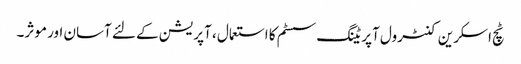
ٹچ اسکرین کنٹرول آپریٹنگ سسٹم کا استعمال ، آپریشن کے لئے آسان اور موثر۔